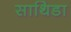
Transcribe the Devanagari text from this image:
साथिडा